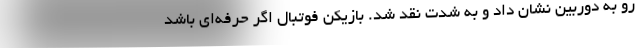
رو به دوربین نشان داد و به شدت نقد شد. بازیکن فوتبال اگر حرفه‌ای باشد